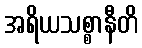
အရိယသစ္စာနီတိ